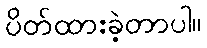
ပိတ်ထားခဲ့တာပါ။